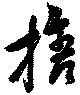
捨